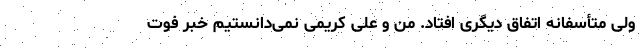
ولی متأسفانه اتفاق دیگری افتاد. من و علی کریمی نمی‌دانستیم خبر فوت